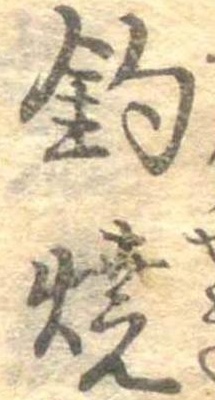
釣焼